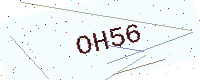
Text: OH56